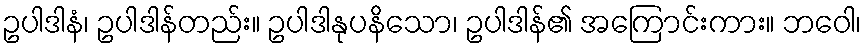
ဥပါဒါနံ၊ ဥပါဒါန်တည်း။ ဥပါဒါနုပနိသော၊ ဥပါဒါန်၏ အကြောင်းကား။ ဘဝေါ၊